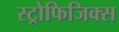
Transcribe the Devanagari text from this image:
स्ट्रोफिजिक्स